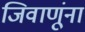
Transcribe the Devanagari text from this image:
जिवाणूंना